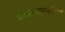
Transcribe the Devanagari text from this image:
प्रकाशरश्मियाँ